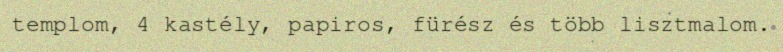
templom, 4 kastély, papiros, fürész és több lisztmalom.